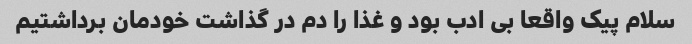
سلام پیک واقعا بی ادب بود و غذا را دم در گذاشت خودمان برداشتیم